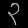
Digit: ၃